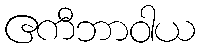
ဧကီဘာဝါယ